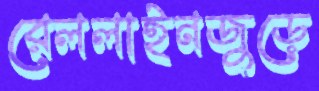
রেললাইনজুড়ে